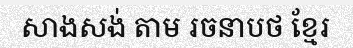
សាងសង់ តាម រចនាបថ ខ្មែរ